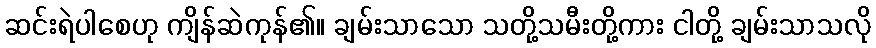
ဆင်းရဲပါစေဟု ကျိန်ဆဲကုန်၏။ ချမ်းသာသော သတို့သမီးတို့ကား ငါတို့ ချမ်းသာသလို